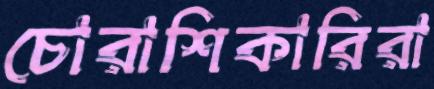
চোরাশিকারিরা